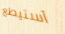
أستيطع